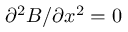
\partial ^ { 2 } B / \partial x ^ { 2 } = 0